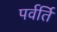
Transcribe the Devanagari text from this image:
पर्वर्ति